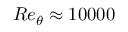
R e _ { \theta } \approx 1 0 0 0 0